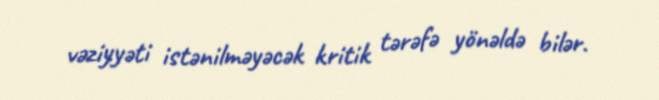
vəziyyəti istənilməyəcək kritik tərəfə yönəldə bilər.